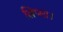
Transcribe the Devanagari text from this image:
लिप्सा।